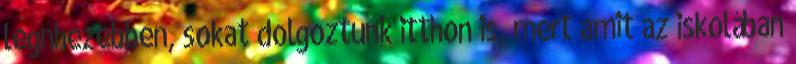
legnhezebben, sokat dolgoztunk itthon is, mert amit az iskolában